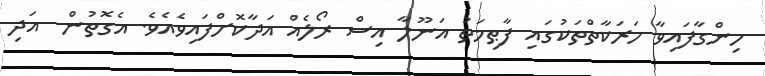
ހިންގާފައިވާ ހަރަކާތްތަކުގައި ފާޠިމަތު އަނޫލާ އިސް ރޯލެއް އަދާކޮށްފައިވެއެވެ. އެގޮތުން  އަދި